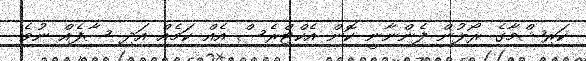
ކަރިޝްމާގެ ރޯލުން ފެންނާނީ ކޮން އެކްޓްރެސް އެއް ކަމެއް އަދި ސާފެއް ނުވެ